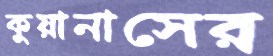
কুয়ানাসের